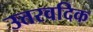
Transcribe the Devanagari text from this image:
उत्तरवदिक